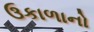
ઉકાળાનો